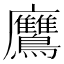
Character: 𪈲